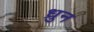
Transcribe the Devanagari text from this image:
ध्रुन